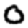
Digit: 0